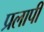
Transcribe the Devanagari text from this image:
प्रलापी